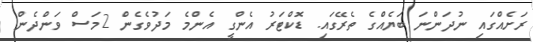
ރަށެއްގައި ނުދަންނަ ބަޔެއްގެ ތެރޭގައި. ޑޮކްޓަރު އެންގީ އެންމެ މަދުވެގެން 2މަސް ވަންދެން